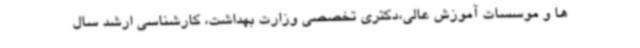
ها و موسسات آموزش عالی،دکتری تخصصی وزارت بهداشت، کارشناسی ارشد سال